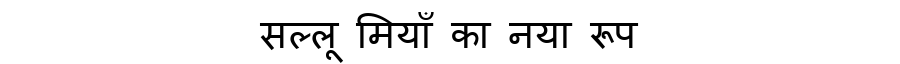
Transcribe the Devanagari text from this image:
सल्लू मियाँ का नया रूप